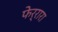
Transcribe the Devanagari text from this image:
फेर्रारा